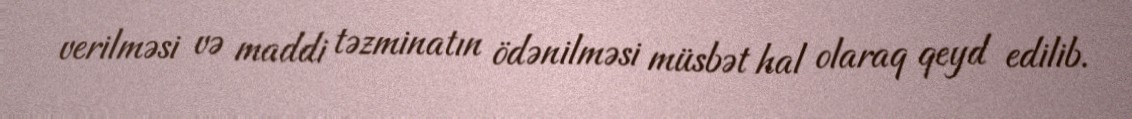
verilməsi və maddi təzminatın ödənilməsi müsbət hal olaraq qeyd edilib.